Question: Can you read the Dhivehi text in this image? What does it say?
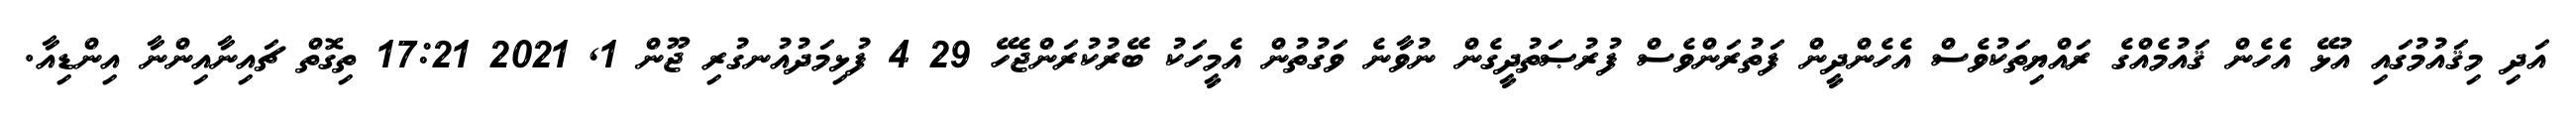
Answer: އަދި މިޤައުމުގައި އުޅޭ އެހެން ޤައުމެއްގެ ރައްޔިތަކުވެސް އެހެންދީން ފަތުރަންވެސް ފުރުޞަތުދީގެން ނުވާނެ ވަގުތުން އެމީހަކު ބޭރުކުރަންޖެހޭ 29 4 ފުޅިމަދުއުނގުރި ޖޫން 1, 2021 17:21 ތިގޮތް ޗައިނާއިންނާ އިންޑިއާ.